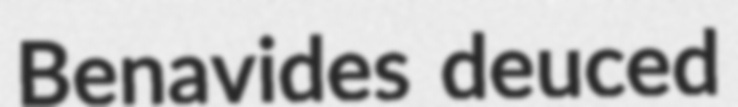
Benavides deuced